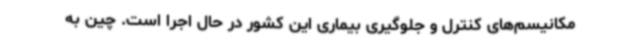
مکانیسم‌های کنترل و جلوگیری بیماری این کشور در حال اجرا است. چین به